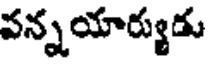
వన్నయార్యుడు